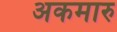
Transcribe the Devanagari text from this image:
अकमारु